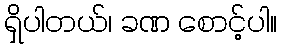
ရှိပါတယ်၊ ခဏ စောင့်ပါ။